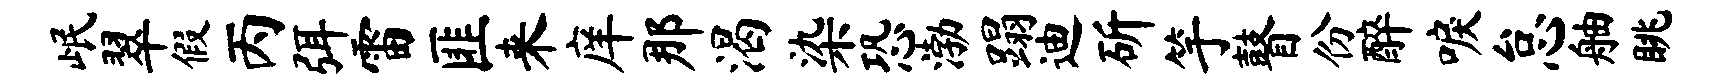
岷翠假丙弭雷匪来庠那渴染恐渤蹋迪斫竽瞽份醉唳怠舳眺